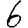
Digit: 6